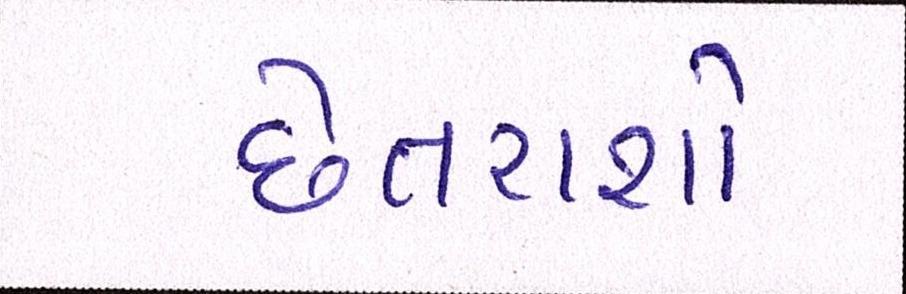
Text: છેતરાશો